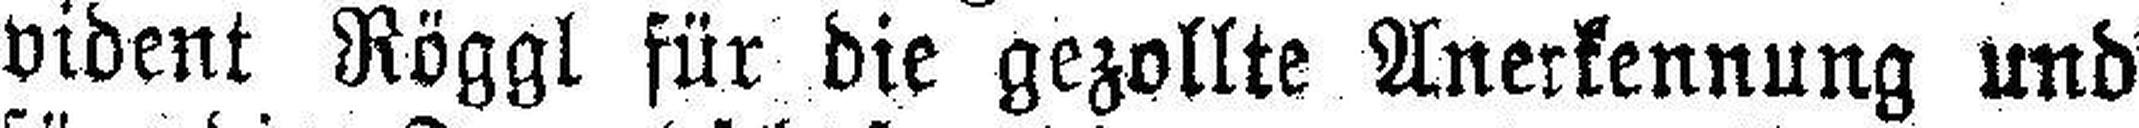
vident Röggl für die gezollte Anerkennung und